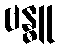
ဗန္ဓူ